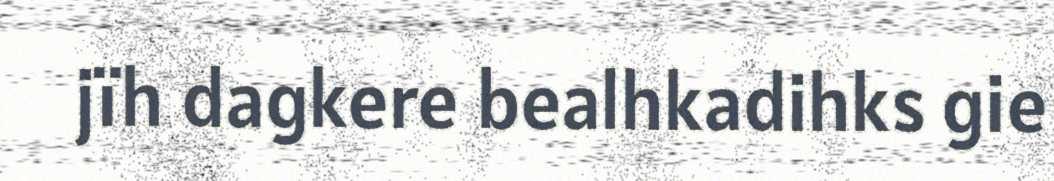
jïh dagkere bealhkadihks gie